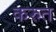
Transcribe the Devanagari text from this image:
करुत